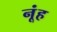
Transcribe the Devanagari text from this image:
नूंह